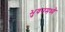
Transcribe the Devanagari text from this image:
भुवनमध्ये